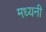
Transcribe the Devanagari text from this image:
मध्यनी